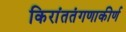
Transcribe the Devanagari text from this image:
किरांततंगणाकीर्ण